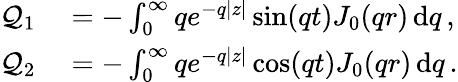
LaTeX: \begin{array}{rl}{\mathcal{Q}_{1}}&{{}=-\int_{0}^{\infty}qe^{-q|z|}\sin(qt)J_{0}(qr)\, \mathrm{d}q\, ,}\\ {\mathcal{Q}_{2}}&{{}=-\int_{0}^{\infty}qe^{-q|z|}\cos(qt)J_{0}(qr)\, \mathrm{d}q\, .}\end{array}